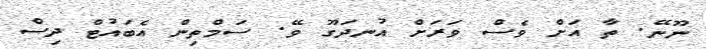
ނޫނޭ. ތާ އަށް ވެސް ވަރަށް އުނދަގޫ ވޭ. ސަމްތިން އެބައުޓް ދިސް